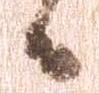
候